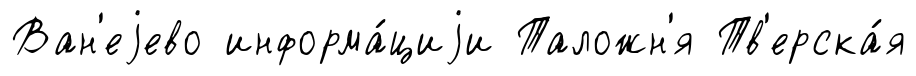
Ван'еjево информа́циjи Таложн'я Тв'ерска́я